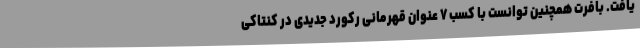
یافت. بافرت همچنین توانست با کسب ۷ عنوان قهرمانی رکورد جدیدی در کنتاکی